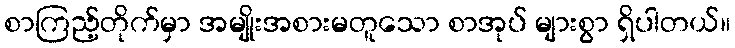
စာကြည့်တိုက်မှာ အမျိုးအစားမတူသော စာအုပ် များစွာ ရှိပါတယ်။